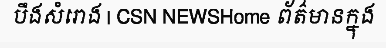
បឹងសំរោង | CSN NEWSHome ព័ត៌មានក្នុង